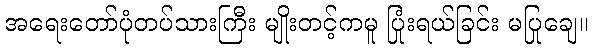
အရေးတော်ပုံတပ်သားကြီး မျိုးတင့်ကမူ ပြုံးရယ်ခြင်း မပြုချေ။